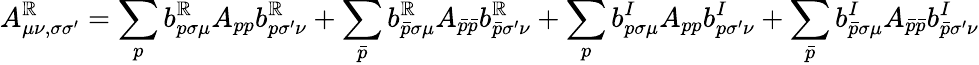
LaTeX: A_{\mu\nu,\sigma\sigma^{\prime}}^{\mathbb{R}}=\sum_{p}b_{p\sigma\mu}^{\mathbb{R}}A_{pp}b_{p\sigma^{\prime}\nu}^{\mathbb{R}}+\sum_{\bar{{p}}}b_{\bar{{p}}\sigma\mu}^{\mathbb{R}}A_{\bar{{p}}\bar{{p}}}b_{\bar{{p}}\sigma^{\prime}\nu}^{\mathbb{R}}+\sum_{p}b_{p\sigma\mu}^{I}A_{pp}b_{p\sigma^{\prime}\nu}^{I}+\sum_{\bar{{p}}}b_{\bar{{p}}\sigma\mu}^{I}A_{\bar{{p}}\bar{{p}}}b_{\bar{{p}}\sigma^{\prime}\nu}^{I}